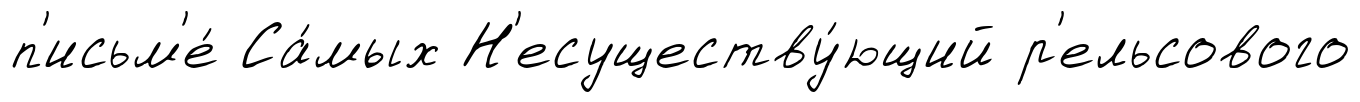
п'исьм'е́ Са́мых Н'есуществу́ющий р'ельсового